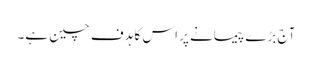
آج بڑے پیمانے پر اس کا ہدف چین ہے۔